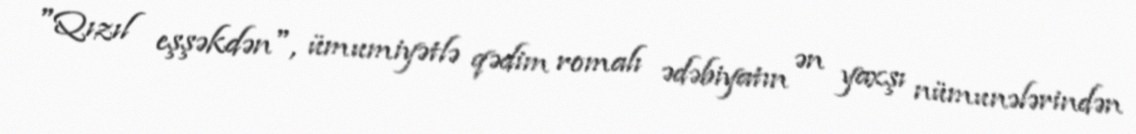
"Qızıl eşşəkdən", ümumiyətlə qədim romalı ədəbiyatın ən yaxşı nümunələrindən